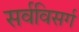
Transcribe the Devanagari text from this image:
सर्वविसर्ग